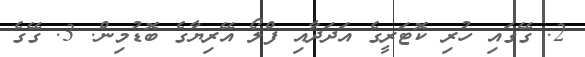
2. ގޭގައި ހުރި ކޮޓަރީގެ އަދަދާއި ފްލޯ އޭރިޔާގެ ބޮޑުމިން. 3. ގޭގެ